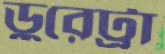
ডুরেট্রা